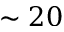
\sim 2 0